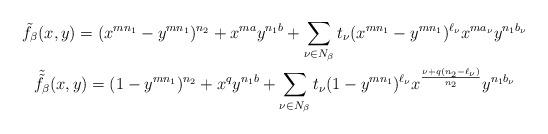
LaTeX: \begin{gather*}\tilde{f}_{\beta}(x,y)=(x^{mn_1}-y^{mn_1})^{n_2}+x^{ma}y^{n_1b}+\sum_{\nu\in N_{\beta}} t_{\nu} (x^{mn_1}-y^{mn_1})^{\ell_{\nu}}x^{ma_{\nu}}y^{n_1b_{\nu}}\\\tilde{\tilde{f}}_{\beta}(x,y)=(1-y^{mn_1})^{n_2}+x^{q}y^{n_1b}+\sum_{\nu\in N_{\beta}} t_{\nu} (1-y^{mn_1})^{\ell_{\nu}}x^{\frac{\nu+q(n_2-\ell_{\nu})}{n_2}}y^{n_1b_{\nu}}\end{gather*}